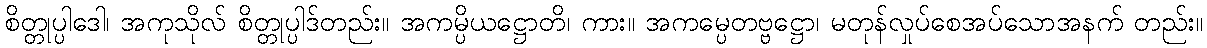
စိတ္တုပ္ပါဒေါ၊ အကုသိုလ် စိတ္တုပ္ပါဒ်တည်း။ အကမ္ပိယဋ္ဌောတိ၊ ကား။ အကမ္ပေတဗ္ဗဋ္ဌော၊ မတုန်လှုပ်စေအပ်သောအနက် တည်း။